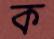
ক